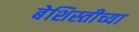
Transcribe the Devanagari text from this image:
बेशिस्तीच्या